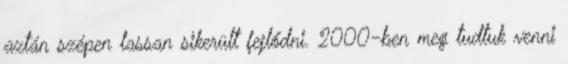
aztán szépen lassan sikerült fejlődni. 2000-ben meg tudtuk venni